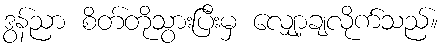
ဒွန်ညာ စိတ်တိုသွားပြီးမှ လျှော့ချလိုက်သည်။